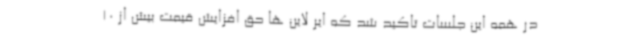
در همه این جلسات تاکید شد که ایر لاین ها حق افزایش قیمت بیش از 10